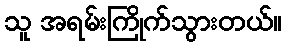
သူ အရမ်းကြိုက်သွားတယ်။